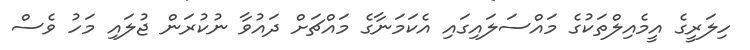
ހިލަރީގެ އީމެއިލްތަކުގެ މައްސަލައިގައި އެކަމަނާގެ މައްޗަށް ދައުވާ ނުކުރަން ޖުލައި މަހު ވެސް